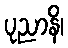
ပုညာနိ၊